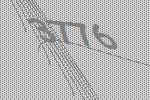
3776